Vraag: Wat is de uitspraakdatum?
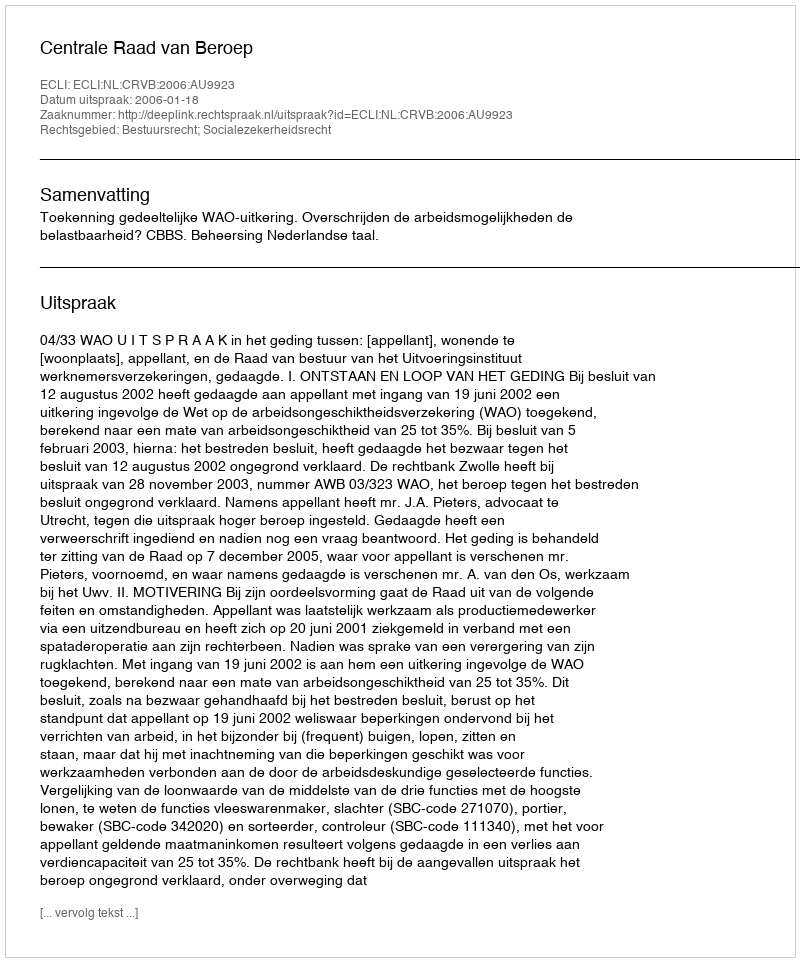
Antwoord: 2006-01-18